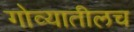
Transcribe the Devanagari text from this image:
गोव्यातीलच